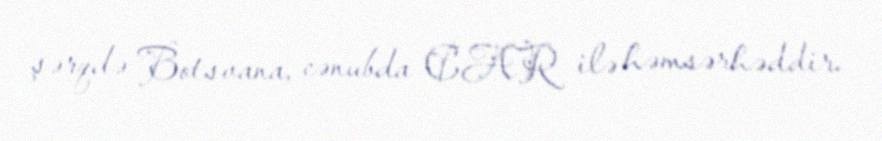
şərqdə Botsvana, cənubda CAR ilə həmsərhəddir.